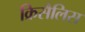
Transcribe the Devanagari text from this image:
क्रिसैलिस